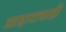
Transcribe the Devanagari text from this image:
आहाराचाही